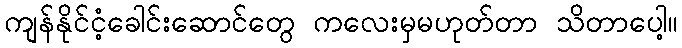
ကျန်နိုင်ငံ့ခေါင်းဆောင်တွေ ကလေးမှမဟုတ်တာ သိတာပေါ့။